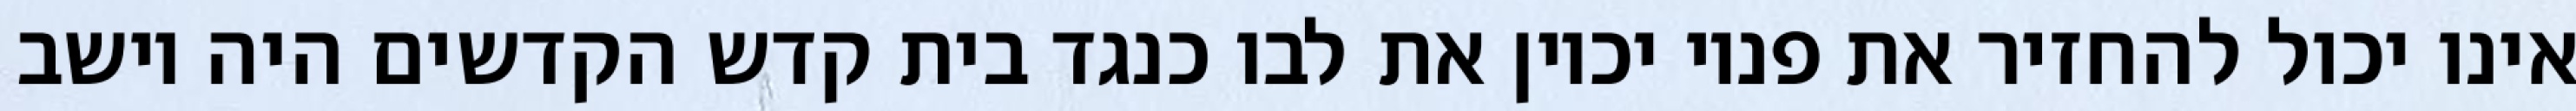
אינו יכול להחזיר את פניו יכוין את לבו כנגד בית קדש הקדשים היה יושב